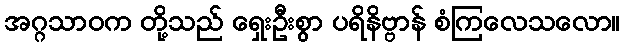
အဂ္ဂသာဝက တို့သည် ရှေးဦးစွာ ပရိနိဗ္ဗာန် စံကြလေသလော။